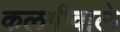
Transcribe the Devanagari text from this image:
कलगीवाले